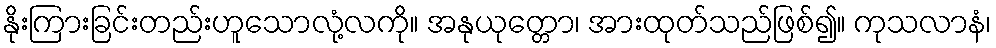
နိုးကြားခြင်းတည်းဟူသောလုံ့လကို။ အနုယုတ္တော၊ အားထုတ်သည်ဖြစ်၍။ ကုသလာနံ၊